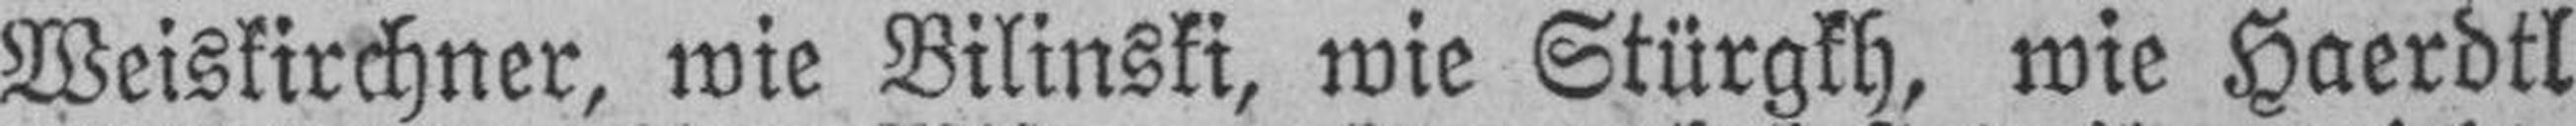
Weiskirchner, wie Bilinski, wie Stürgkh, wie Haerdtl